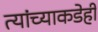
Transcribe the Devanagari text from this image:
त्यांच्याकडेही